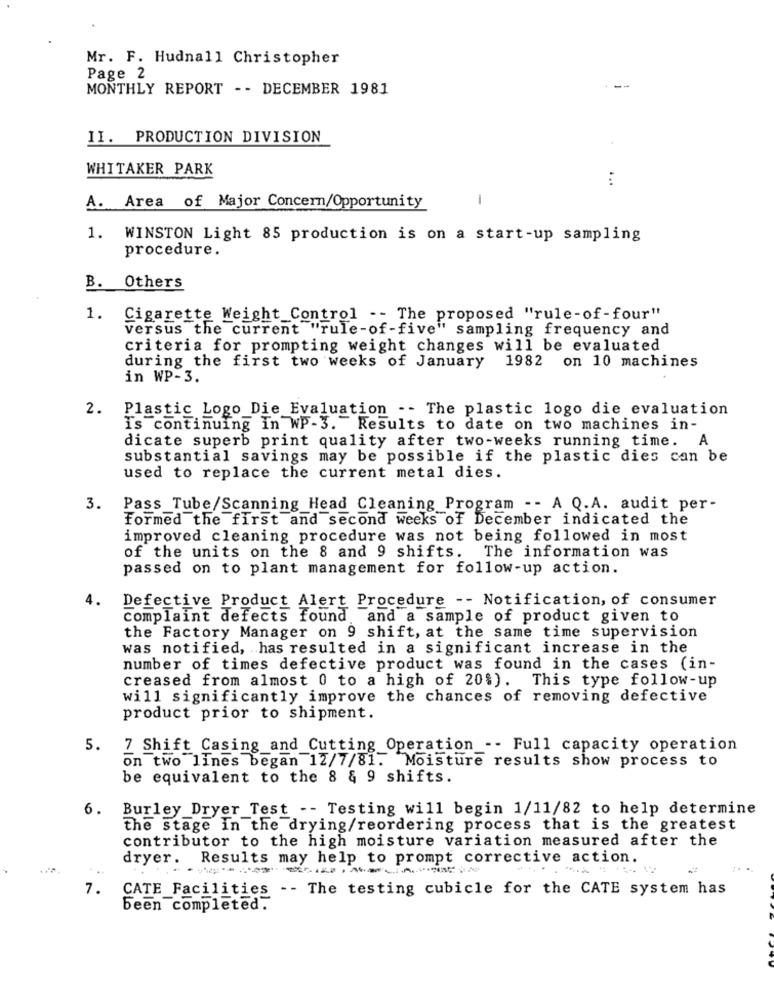
Mr. F. Hudnall Christopher
Page 2
MONTHLY REPORT -- DECEMBER 1981
II. PRODUCTION DIVISION
WHITAKER PARK
...
-
A.
Area of Major Concern/Opportunity
1. WINSTON Light 85 production is on a start-up sampling
procedure.
B.
Others
1.
Cigarette Weight Control -- The proposed "rule-of-four"
versus the current "rule-of-five" sampling frequency and
criteria for prompting weight changes will be evaluated
during the first two weeks of January
1982 on 10 machines
in WP-3.
2.
Plastic Logo Die Evaluation -- The plastic logo die evaluation
Is continuing In WP-3. Results to date on two machines in-
dicate superb print quality after two-weeks running time. A
substantial savings may be possible if the plastic dies can be
used to replace the current metal dies.
3.
Pass_Tube/Scanning Head Cleaning Program -- A Q.A. audit per-
Formed the first and second weeks of December indicated the
improved cleaning procedure was not being followed in most
of the units on the 8 and 9 shifts. The information was
passed on to plant management for follow-up action.
4.
Defective Product Alert Procedure -- Notification, of consumer
complaint defects found, and a sample of product given to
the Factory Manager on 9 shift, at the same time supervision
was notified, has resulted in a significant increase in the
number of times defective product was found in the cases (in-
creased from almost 0 to a high of 20%). This type follow-up
will significantly improve the chances of removing defective
product prior to shipment.
5. 7 Shift Casing_and_Cutting Operation _-- Full capacity operation
on two lines began 12/7/81. Moisture results show process to
be equivalent to the 8 & 9 shifts.
6.
Burley_Dryer_Test -- Testing will begin 1/11/82 to help determine
the stage in the drying/reordering process that is the greatest
contributor to the high moisture variation measured after the
dryer. Results may help to prompt corrective action.
7.
CATE Facilities -- The testing cubicle for the CATE system has
been completed.